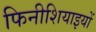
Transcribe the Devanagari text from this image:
फिनीशियाइयों